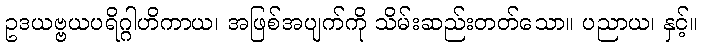
ဥဒယဗ္ဗယပရိဂ္ဂါဟိကာယ၊ အဖြစ်အပျက်ကို သိမ်းဆည်းတတ်သော။ ပညာယ၊ နှင့်။